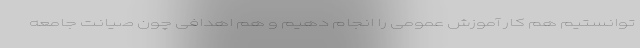
توانستیم هم کار آموزش عمومی را انجام دهیم و هم اهدافی چون صیانت جامعه